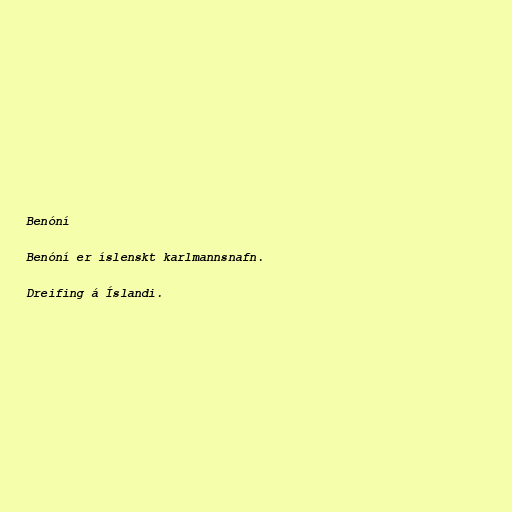
Benóní

Benóní er íslenskt karlmannsnafn.

Dreifing á Íslandi.